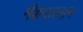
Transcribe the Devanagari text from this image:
मॅकफ़रसन